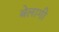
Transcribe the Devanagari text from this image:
बेलागी